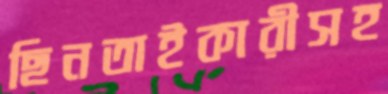
ছিনতাইকারীসহ